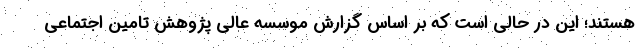
هستند؛ این در حالی است که بر اساس گزارش موسسه عالی پژوهش تامین اجتماعی